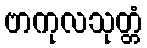
ဗာကုလသုတ္တံ